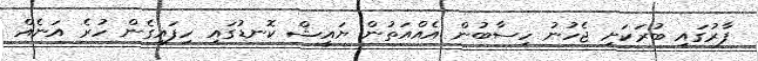
ފާރުގައި ބުރަކަށި ޖެހުނު ހިސާބުން އެއްއަތުން ޔައީޝް ކޮނޑުގައި ހިފައިގެން ހުރެ އަނެއް